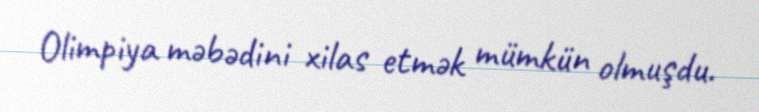
Olimpiya məbədini xilas etmək mümkün olmuşdu.